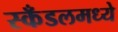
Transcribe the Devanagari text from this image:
स्कँडलमध्ये